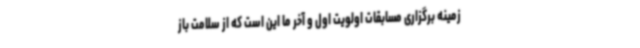
زمینه برگزاری مسابقات اولویت اول و آخر ما این است که از سلامت باز